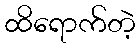
ထိရောက်တဲ့